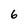
Character: 6